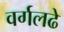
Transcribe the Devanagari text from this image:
वर्गलढे